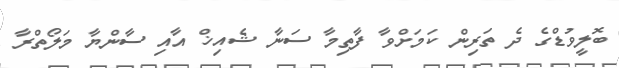
ބޮލީވުޑްގެ ދެ ތަރިން ކަމަށްވާ ފާތިމާ ސަނާ ޝެއިޚް އާއި ސާންޔާ މަލޯތްރާ